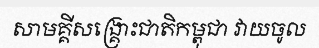
សាមគ្គីសង្គ្រោះជាតិកម្ពុជា វាយចូល